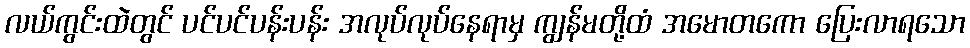
လယ်ကွင်းထဲတွင် ပင်ပင်ပန်းပန်း အလုပ်လုပ်နေရာမှ ကျွန်မတို့ထံ အမောတကော ပြေးလာရသော